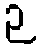
ဉ